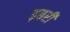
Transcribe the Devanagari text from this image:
इबरी